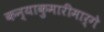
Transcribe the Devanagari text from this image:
कन्याकुमारीमार्गे